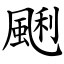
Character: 䬆